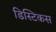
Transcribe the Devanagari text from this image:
डिस्टिकस